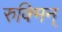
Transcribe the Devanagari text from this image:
रुक्मिन्‌